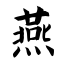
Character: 燕